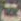
ت